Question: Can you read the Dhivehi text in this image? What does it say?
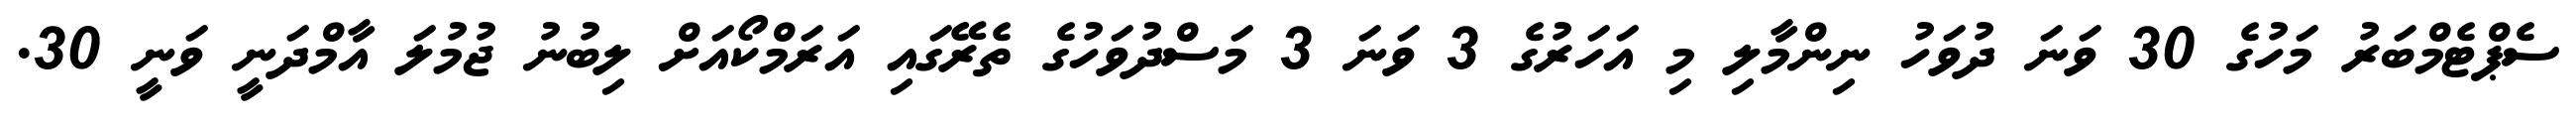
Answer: ސެޕްޓެމްބަރު މަހުގެ 30 ވަނަ ދުވަހު ނިންމާލި މި އަހަރުގެ 3 ވަނަ 3 މަސްދުވަހުގެ ތެރޭގައި އަރަމްކޯއަށް ލިބުނު ޖުމުލަ އާމްދަނީ ވަނީ 30.